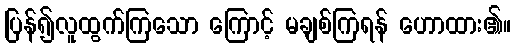
ပြန်၍လူထွက်ကြသော ကြောင့် မချစ်ကြရန် ဟောထား၏။